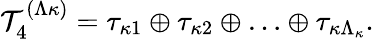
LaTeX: {\cal T}_{4}^{(\Lambda\kappa)}=\tau_{\kappa 1}\oplus\tau_{\kappa 2}\oplus\ldots\oplus\tau_{\kappa\Lambda_{\kappa}}.